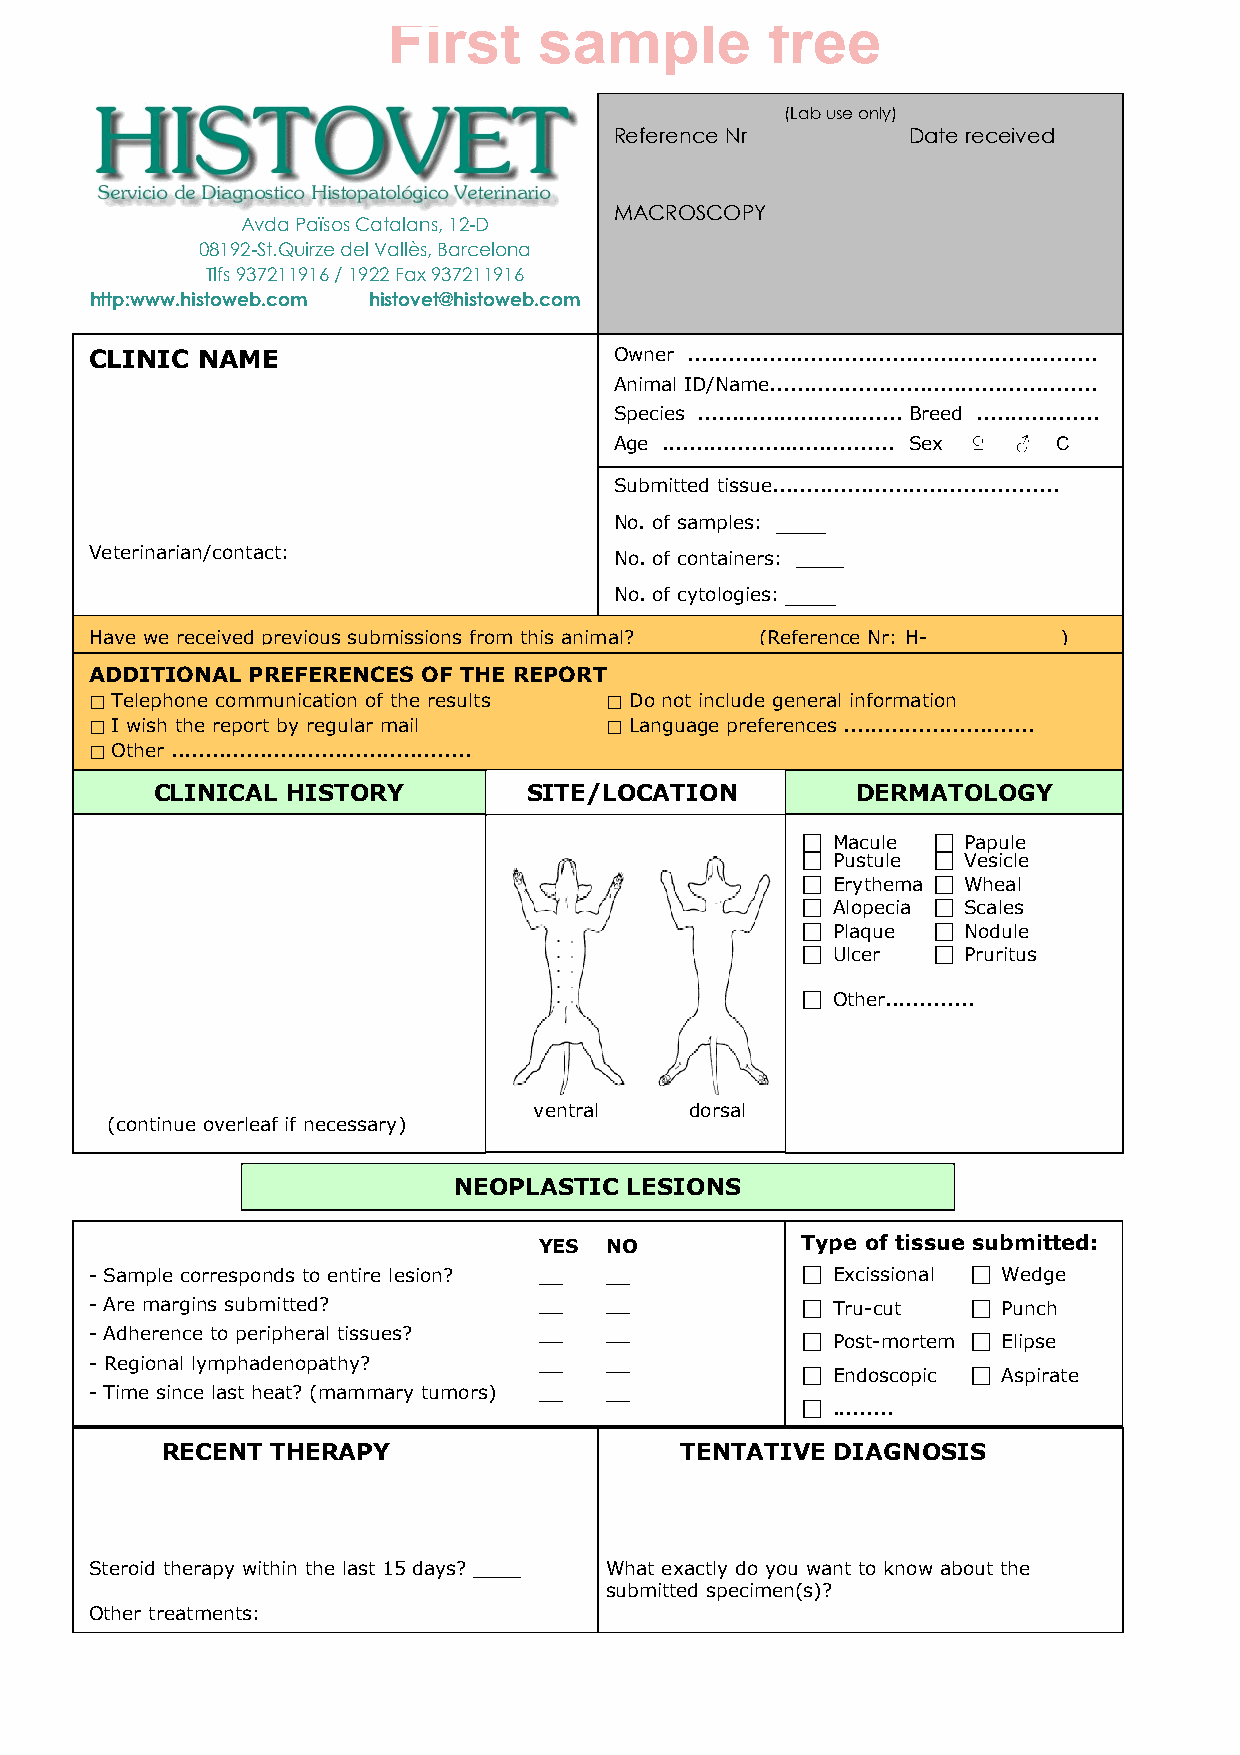
(Lab use only)
 Reference Nr       Date received
 MACROSCOPY
 Avda Països Catalans, 12-D
 08192-St.Quirze del Vallès, Barcelona
 Tlfs 937211916 / 1922 Fax 937211916
 http:www.histoweb.com histovet@histoweb.com
 CLINIC NAME                        Owner ............................................................
 Animal ID/Name................................................
 Species .............................. Breed ..................
 Age .................................. Sex ♀ ♂ C
 Submitted tissue..........................................
 No. of samples: ____
 Veterinarian/contact:              No. of containers: ____
 No. of cytologies: ____
 Have we received previous submissions from this animal? _____ (Reference Nr: H- __________ )
 ADDITIONAL PREFERENCES OF THE REPORT
 ⃞ Telephone communication of the results ⃞ Do not include general information
 ⃞ I wish the report by regular mail ⃞ Language preferences ............................
 ⃞ Other ............................................
 CLINICAL HISTORY         SITE/LOCATION         DERMATOLOGY
 ⃞ Macule ⃞ Papule
 ⃞ Pustule ⃞ Vesicle
 ⃞ Erythema ⃞ Wheal
 ⃞ Alopecia ⃞ Scales
 ⃞ Plaque ⃞ Nodule
 ⃞ Ulcer  ⃞ Pruritus
 ⃞ Other.............
 ventral    dorsal
 (continue overleaf if necessary)
 NEOPLASTIC  LESIONS
 YES NO           Type of tissue submitted:
 - Sample corresponds to entire lesion? __ __   ⃞ Excissional ⃞ Wedge
 - Are margins submitted?      __  __           ⃞ Tru-cut  ⃞ Punch
 - Adherence to peripheral tissues? __ __       ⃞ Post-mortem ⃞ Elipse
 - Regional lymphadenopathy?   __  __
 ⃞ Endoscopic ⃞ Aspirate
 - Time since last heat? (mammary tumors) __ __
 ⃞ .........
 RECENT THERAPY                    TENTATIVE DIAGNOSIS
 Steroid therapy within the last 15 days? ____ What exactly do you want to know about the
 submitted specimen(s)?
 Other treatments:
 What exactkly do you want to know about the
 submitted specimen(s)?
 ________________________